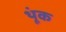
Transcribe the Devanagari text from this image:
थूंक